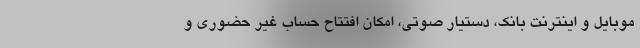
موبایل و اینترنت بانک، دستیار صوتی، امکان افتتاح حساب غیر حضوری و